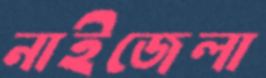
নাইজেলা